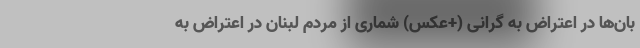
بان‌ها در اعتراض به گرانی (+عکس) شماری از مردم لبنان در اعتراض به